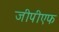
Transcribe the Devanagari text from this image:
जीपीएफ